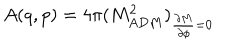
LaTeX: A ( q , p ) = 4 \pi ( M _ { A D M } ^ { 2 } ) _ { { \frac { \partial M } { \partial \phi } } = 0 }